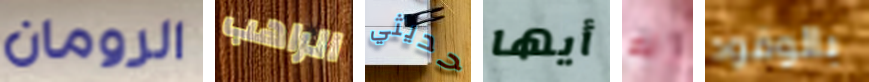
الرومان الراهب حديثي أيها لم بالوقود